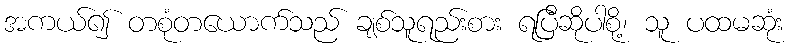
အကယ်၍ တစုံတယောက်သည် ချစ်သူရည်းစား ရပြီဆိုပါစို့၊ သူ ပထမဆုံး